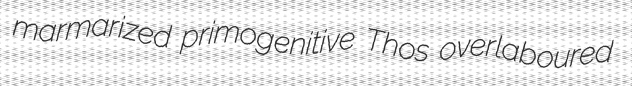
marmarized primogenitive Thos overlaboured